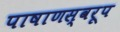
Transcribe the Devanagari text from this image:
पाषाणस्वरूप